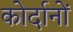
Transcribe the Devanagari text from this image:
कोर्दानों